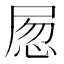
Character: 𡱽